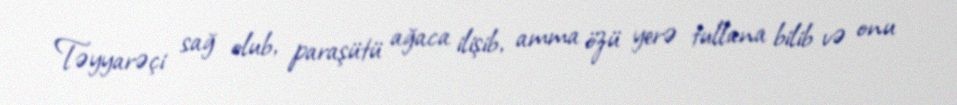
Təyyarəçi sağ olub, paraşütü ağaca ilişib, amma özü yerə tullana bilib və onu